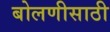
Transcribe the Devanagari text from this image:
बोलणीसाठी